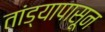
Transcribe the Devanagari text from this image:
तांड्यापासून